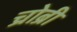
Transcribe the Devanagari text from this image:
च्रोब्री